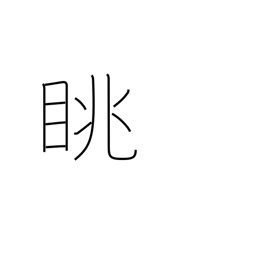
Meaning: look at